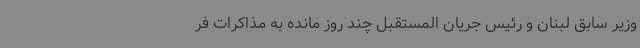
وزیر سابق لبنان و رئیس جریان المستقبل چند روز مانده به مذاکرات فر